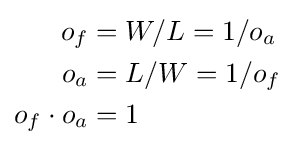
{\begin{aligned}o_{f}&=W/L=1/o_{a}\\o_{a}&=L/W=1/o_{f}\\o_{f}\cdot o_{a}&=1\end{aligned}}